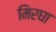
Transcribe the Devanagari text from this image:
मिरघा